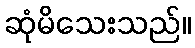
ဆုံမိသေးသည်။